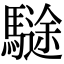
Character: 𩥽